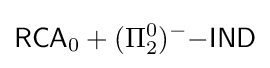
{\mathsf {RCA}}_{0}+(\Pi _{2}^{0})^{-}{\mathsf {-IND}}